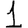
Digit: 1